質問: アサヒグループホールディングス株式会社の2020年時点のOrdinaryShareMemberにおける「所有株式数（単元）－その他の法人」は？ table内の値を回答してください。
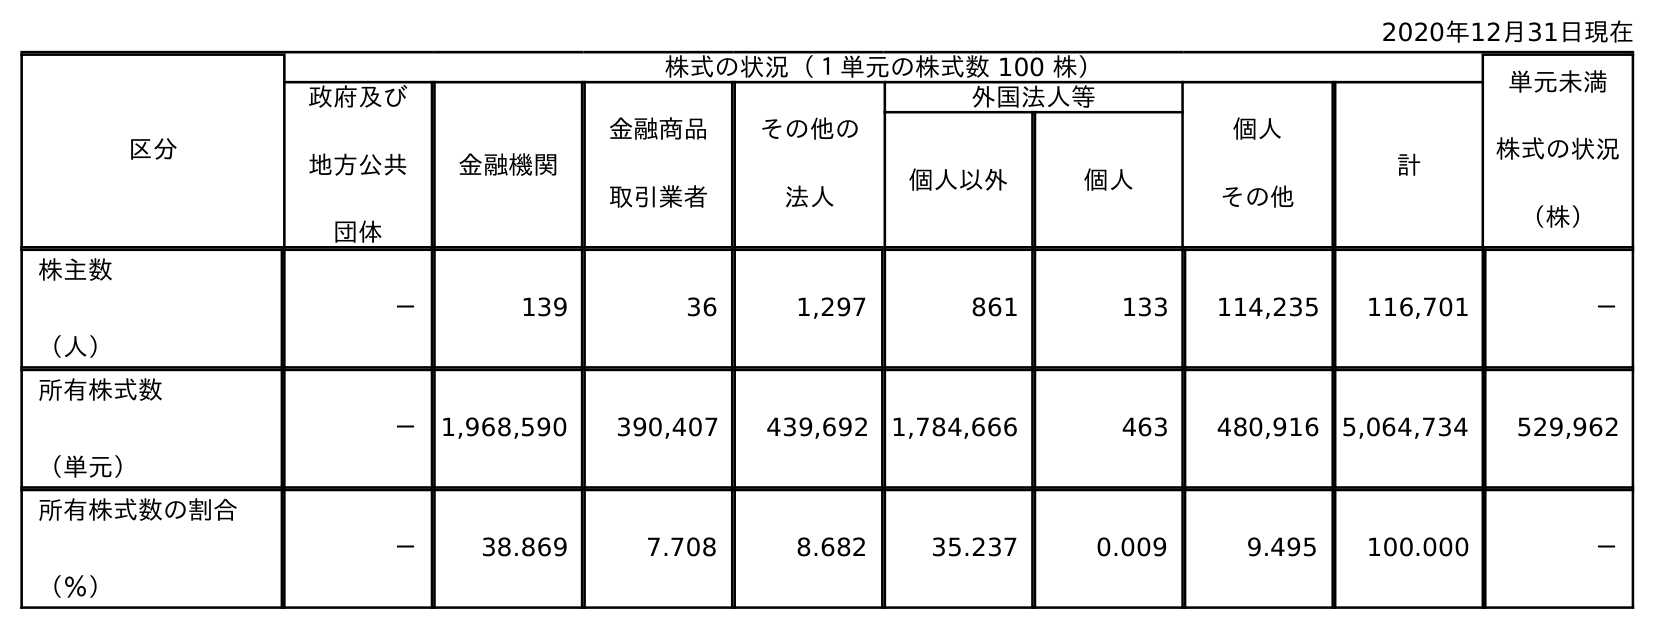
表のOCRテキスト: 2020年12月31日現在 区分 株式の状況（１単元の株式数 100 株） 単元未満 株式の状況 （株） 政府及び 地方公共 団体 金融機関 金融商品 取引業者 その他の 法人 外国法人等 個人 その他 計 個人以外 個人 株主数 （人） － 139 36 1,297 861 133 114,235 116,701 － 所有株式数 （単元） － 1,968,590 390,407 439,692 1,784,666 463 480,916 5,064,734 529,962 所有株式数の割合 （％） － 38.869 7.708 8.682 35.237 0.009 9.495 100.000 －
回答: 439,692